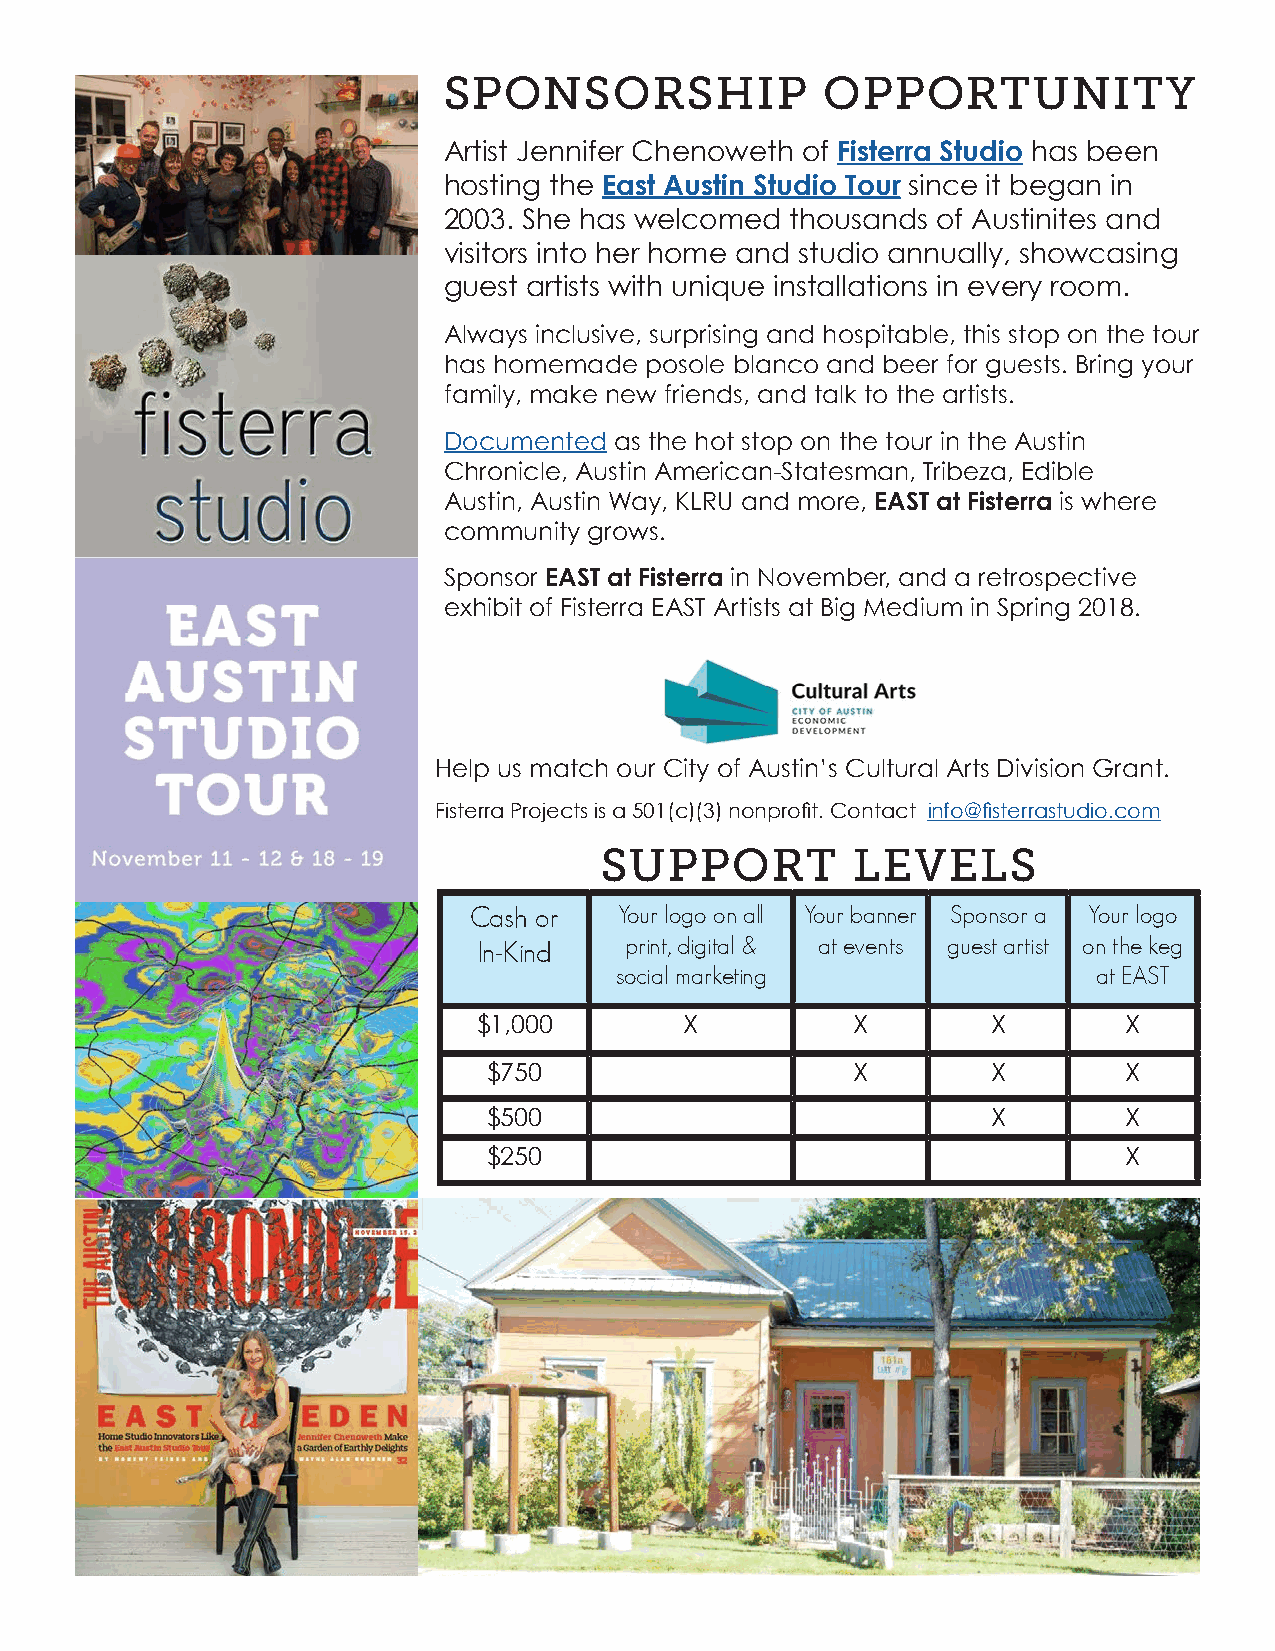
SPONSORSHIP               OPPORTUNITY
 Artist Jennifer Chenoweth of Fisterra Studio has been
 hosting the East Austin Studio Tour since it began in
 2003. She has welcomed thousands of Austinites and
 visitors into her home and studio annually, showcasing
 guest artists with unique installations in every room.
 Always inclusive, surprising and hospitable, this stop on the tour
 has homemade  posole blanco and beer for guests. Bring your
 family, make new friends, and talk to the artists.
 Documented  as the hot stop on the tour in the Austin
 Chronicle, Austin American-Statesman, Tribeza, Edible
 Austin, Austin Way, KLRU and more, EAST at Fisterra is where
 community grows.
 Sponsor EAST at Fisterra in November, and a retrospective
 exhibit of Fisterra EAST Artists at Big Medium in Spring 2018.
 Help us match our City of Austin’s Cultural Arts Division Grant.
 Fisterra Projects is a 501(c)(3) nonprofit. Contact info@fisterrastudio.com
 SUPPORT         LEVELS
 Cash or   Your logo on all Your banner Sponsor a Your logo
 In-Kind  print, digital & at events guest artist on the keg
 social marketing                at EAST
 $1,000       X          X         X        X
 $750                    X         X        X
 $500                              X        X
 $250                                       X